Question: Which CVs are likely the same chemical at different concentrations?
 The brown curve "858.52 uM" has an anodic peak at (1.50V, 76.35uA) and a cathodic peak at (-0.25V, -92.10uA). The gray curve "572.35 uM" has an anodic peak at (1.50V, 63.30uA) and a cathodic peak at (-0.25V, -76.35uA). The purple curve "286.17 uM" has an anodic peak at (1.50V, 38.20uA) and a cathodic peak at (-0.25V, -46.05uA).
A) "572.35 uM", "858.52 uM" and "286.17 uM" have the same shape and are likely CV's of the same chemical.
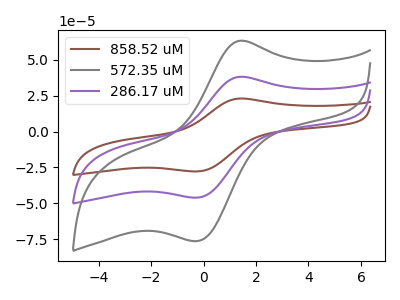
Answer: <think>All the peaks in "858.52 uM" have a peak in "572.35 uM" at the same potential. Every peak in "858.52 uM" is higher than every peak in "572.35 uM". All the peaks in "858.52 uM" have a peak in "286.17 uM" at the same potential. Every peak in "858.52 uM" is higher than every peak in "286.17 uM". All the peaks in "572.35 uM" have a peak in "286.17 uM" at the same potential. Every peak in "572.35 uM" is higher than every peak in "286.17 uM".
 </think>
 <answer>A) "572.35 uM", "858.52 uM" and "286.17 uM" have the same shape and are likely CV's of the same chemical.</answer>
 <eval>A</eval>